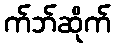
က်ဘ်ဆိုက်